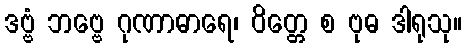
ဒဗ္ဗံ ဘဗ္ဗေ ဂုဏာဓာရေ၊ ဝိတ္တေ စ ဗုဓ ဒါရုသု။